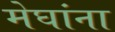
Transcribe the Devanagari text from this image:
मेघांना